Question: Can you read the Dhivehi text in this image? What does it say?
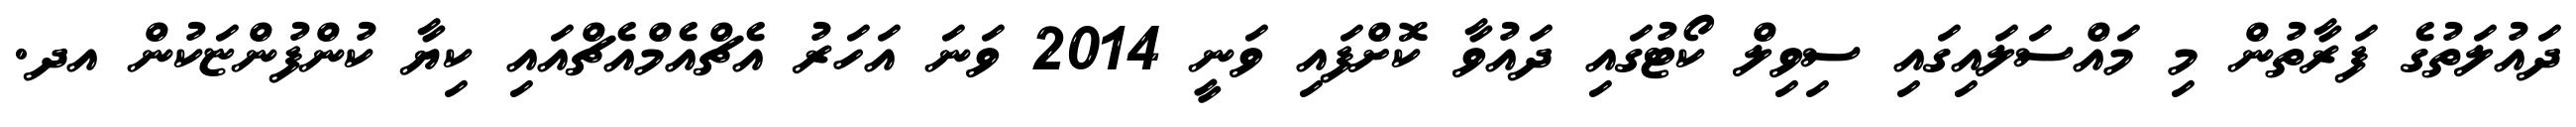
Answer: ދައުލަތުގެ ފަރާތުން މި މައްސަލައިގައި ސިވިލް ކޯޓުގައި ދައުވާ ކޮށްފައި ވަނީ 2014 ވަނަ އަހަރު އެޗްއެމްއެޗްއައި ކިޔާ ކުންފުންޏަކުން އދ.